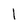
Character: l